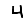
Digit: 4